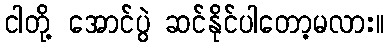
ငါတို့ အောင်ပွဲ ဆင်နိုင်ပါတော့မလား။